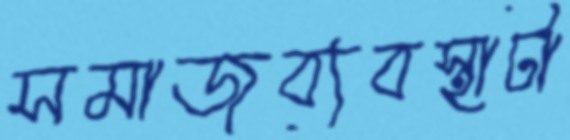
সমাজব্যবস্থাটা